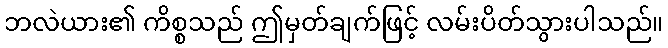
ဘလဲယား၏ ကိစ္စသည် ဤမှတ်ချက်ဖြင့် လမ်းပိတ်သွားပါသည်။